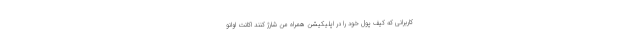
کاربرانی که کیف پول خود را در اپلیکیشن همراه من شارژ کنند اکانت اوانو